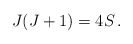
\begin{align*} J(J+1) = 4S \,. \end{align*}